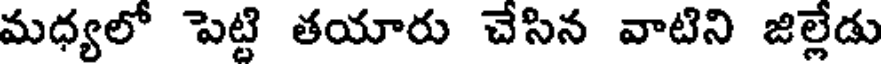
మధ్యలో పెట్టి తయారు చేసిన వాటిని జిల్లేడు